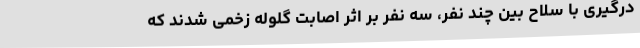
درگیری با سلاح بین چند نفر، سه نفر بر اثر اصابت گلوله زخمی شدند که